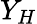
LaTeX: Y_{H}